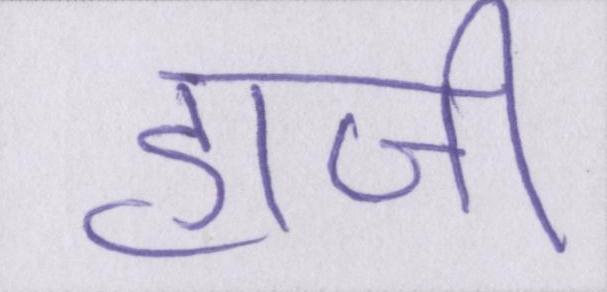
हाजी